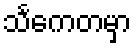
သင်္ကေတမှာ